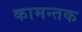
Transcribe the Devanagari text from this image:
कामन्तक